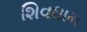
શિવધામ